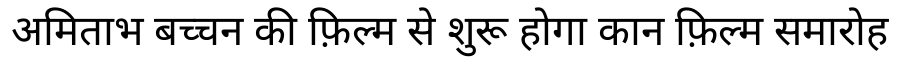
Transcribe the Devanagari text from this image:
अमिताभ बच्चन की फ़िल्म से शुरू होगा कान फ़िल्म समारोह